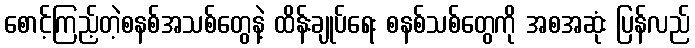
စောင့်ကြည့်တဲ့စနစ်အသစ်တွေနဲ့ ထိန်းချုပ်ရေး စနစ်သစ်တွေကို အစအဆုံး ပြန်လည်